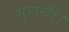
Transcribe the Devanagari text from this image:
गुलचीं।